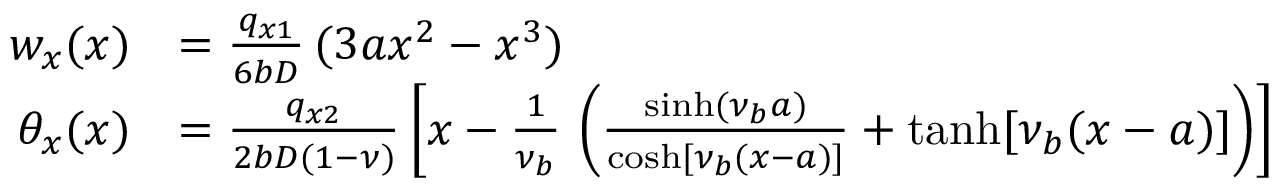
{ \begin{array} { r l } { w _ { x } ( x ) } & { = { \frac { q _ { x 1 } } { 6 b D } } \, ( 3 a x ^ { 2 } - x ^ { 3 } ) } \\ { \theta _ { x } ( x ) } & { = { \frac { q _ { x 2 } } { 2 b D ( 1 - \nu ) } } \left[ x - { \frac { 1 } { \nu _ { b } } } \, \left( { \frac { \sinh ( \nu _ { b } a ) } { \cosh [ \nu _ { b } ( x - a ) ] } } + \operatorname { t a n h } [ \nu _ { b } ( x - a ) ] \right) \right] } \end{array} }